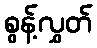
စွန့်လွှတ်